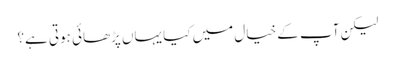
لیکن آپ کے خیال میں کیا یہاں پڑھائی ہوتی ہے؟